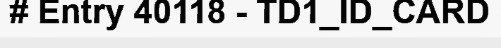
# Entry 40118 - TD1_ID_CARD